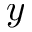
y